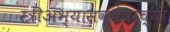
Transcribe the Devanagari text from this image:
स्त्रीअभ्यासक्षेत्राच्या